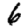
Digit: 6